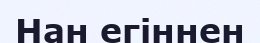
Нан егіннен